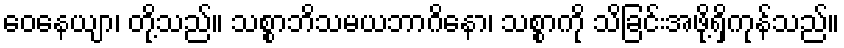
ဝေနေယျာ၊ တို့သည်။ သစ္စာဘိသမယဘာဂိနော၊ သစ္စာကို သိခြင်းအဖို့ရှိကုန်သည်။